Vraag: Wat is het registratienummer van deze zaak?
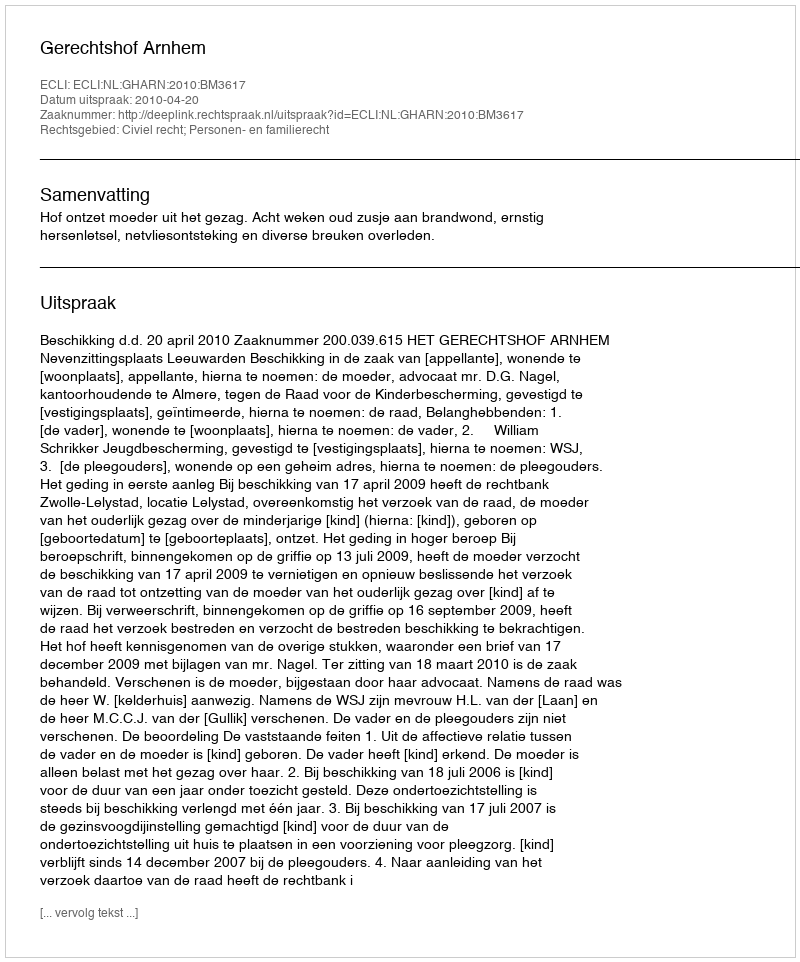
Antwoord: http://deeplink.rechtspraak.nl/uitspraak?id=ECLI:NL:GHARN:2010:BM3617